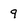
Character: 9